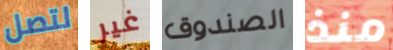
لتصل غير الصندوق منذ